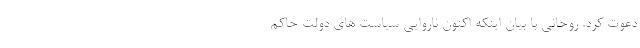
دعوت کرد. روحانی با بیان اینکه اکنون ناروایی سیاست های دولت حاکم